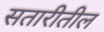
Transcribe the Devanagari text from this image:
सतारीतील